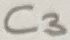
Text: C3